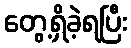
တွေ့ရှိခဲ့ရပြီး